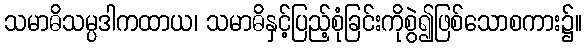
သမာဓိသမ္ပဒါကထာယ၊ သမာဓိနှင့်ပြည့်စုံခြင်းကိုစွဲ၍ဖြစ်သောစကား၌။